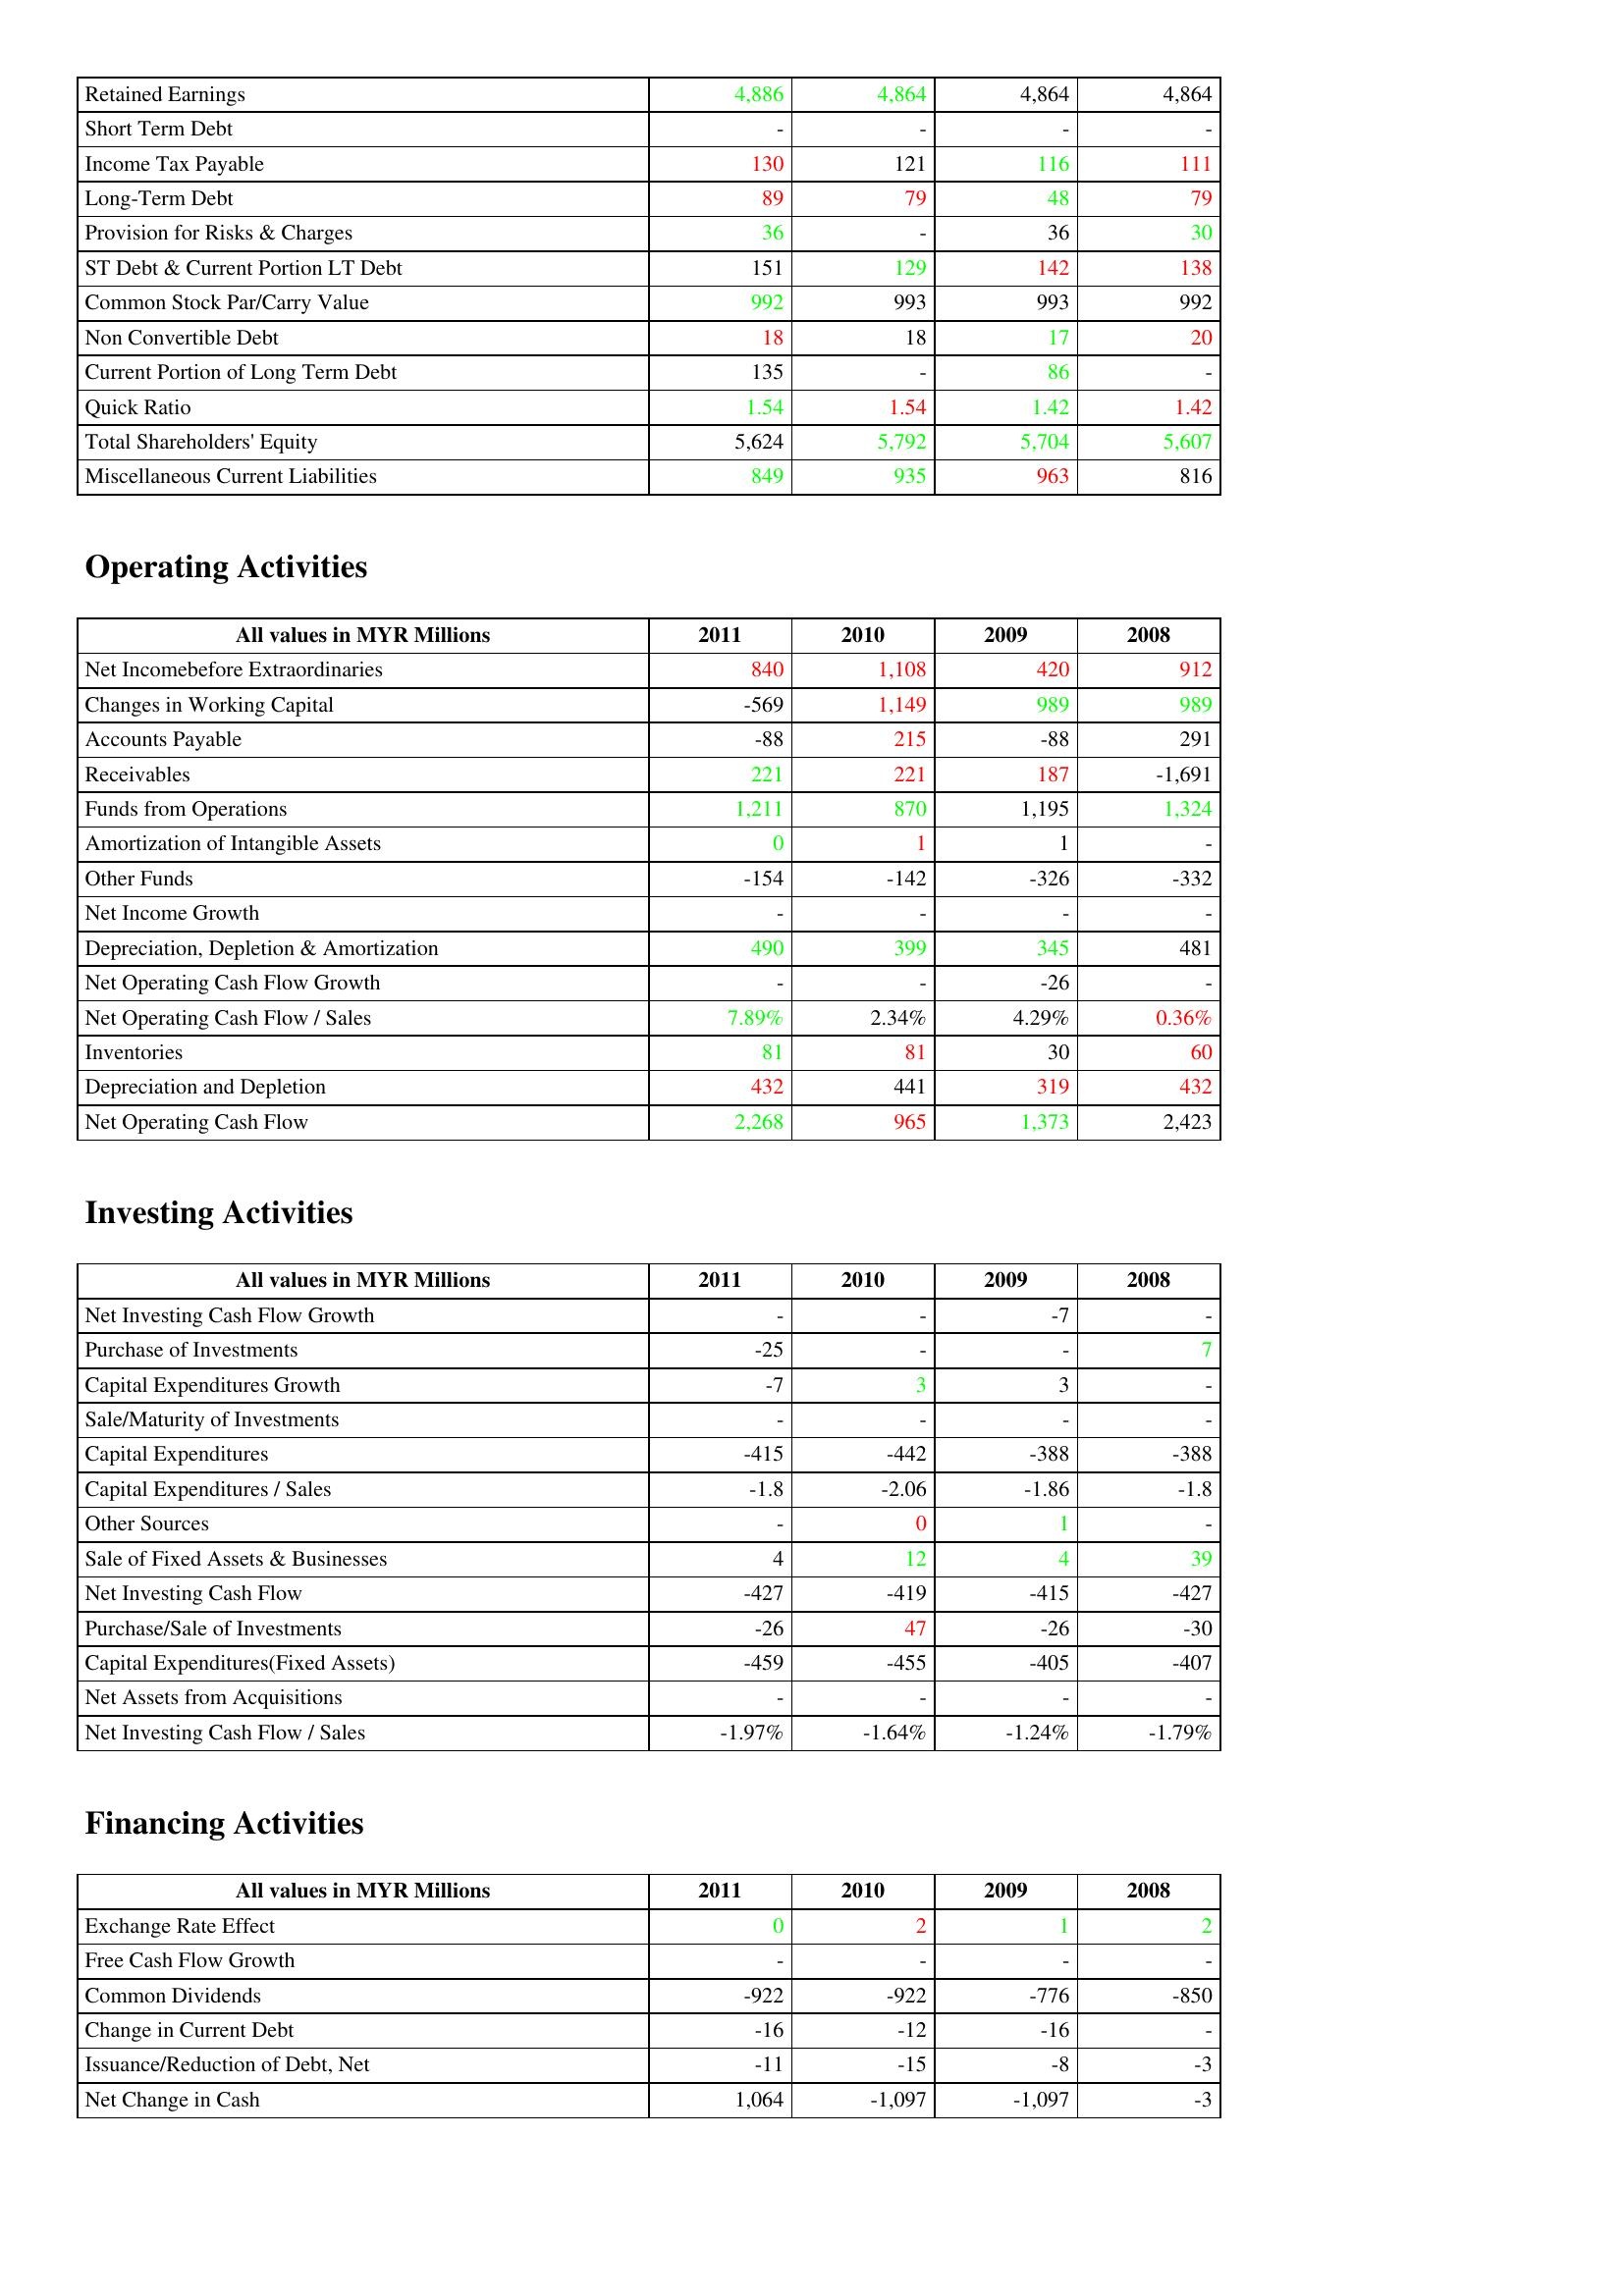
gt_parse: 2011: Liabilities & Shareholder's Equity: Retained Earnings: 4,886
Short Term Debt: -
Income Tax Payable: 130
Long-Term Debt: 89
Provision for Risks & Charges: 36
ST Debt & Current Portion LT Debt: 151
Common Stock Par/Carry Value: 992
Non Convertible Debt: 18
Current Portion of Long Term Debt: 135
Quick Ratio: 1.54
Total Shareholders' Equity: 5,624
Miscellaneous Current Liabilities: 849
Operating Activities: Net Incomebefore Extraordinaries: 840
Changes in Working Capital: -569
Accounts Payable: -88
Receivables: 221
Funds from Operations: 1,211
Amortization of Intangible Assets: 0
Other Funds: -154
Net Income Growth: -
Depreciation, Depletion & Amortization: 490
Net Operating Cash Flow Growth: -
Net Operating Cash Flow / Sales: 7.89%
Inventories: 81
Depreciation and Depletion: 432
Net Operating Cash Flow: 2,268
Investing Activities: Net Investing Cash Flow Growth: -
Purchase of Investments: -25
Capital Expenditures Growth: -7
Sale/Maturity of Investments: -
Capital Expenditures: -415
Capital Expenditures / Sales: -1.8
Other Sources: -
Sale of Fixed Assets & Businesses: 4
Net Investing Cash Flow: -427
Purchase/Sale of Investments: -26
Capital Expenditures(Fixed Assets): -459
Net Assets from Acquisitions: -
Net Investing Cash Flow / Sales: -1.97%
Financing Activities: Exchange Rate Effect: 0
Free Cash Flow Growth: -
Common Dividends: -922
Change in Current Debt: -16
Issuance/Reduction of Debt, Net: -11
Net Change in Cash: 1,064
2010: Liabilities & Shareholder's Equity: Retained Earnings: 4,864
Short Term Debt: -
Income Tax Payable: 121
Long-Term Debt: 79
Provision for Risks & Charges: -
ST Debt & Current Portion LT Debt: 129
Common Stock Par/Carry Value: 993
Non Convertible Debt: 18
Current Portion of Long Term Debt: -
Quick Ratio: 1.54
Total Shareholders' Equity: 5,792
Miscellaneous Current Liabilities: 935
Operating Activities: Net Incomebefore Extraordinaries: 1,108
Changes in Working Capital: 1,149
Accounts Payable: 215
Receivables: 221
Funds from Operations: 870
Amortization of Intangible Assets: 1
Other Funds: -142
Net Income Growth: -
Depreciation, Depletion & Amortization: 399
Net Operating Cash Flow Growth: -
Net Operating Cash Flow / Sales: 2.34%
Inventories: 81
Depreciation and Depletion: 441
Net Operating Cash Flow: 965
Investing Activities: Net Investing Cash Flow Growth: -
Purchase of Investments: -
Capital Expenditures Growth: 3
Sale/Maturity of Investments: -
Capital Expenditures: -442
Capital Expenditures / Sales: -2.06
Other Sources: 0
Sale of Fixed Assets & Businesses: 12
Net Investing Cash Flow: -419
Purchase/Sale of Investments: 47
Capital Expenditures(Fixed Assets): -455
Net Assets from Acquisitions: -
Net Investing Cash Flow / Sales: -1.64%
Financing Activities: Exchange Rate Effect: 2
Free Cash Flow Growth: -
Common Dividends: -922
Change in Current Debt: -12
Issuance/Reduction of Debt, Net: -15
Net Change in Cash: -1,097
2009: Liabilities & Shareholder's Equity: Retained Earnings: 4,864
Short Term Debt: -
Income Tax Payable: 116
Long-Term Debt: 48
Provision for Risks & Charges: 36
ST Debt & Current Portion LT Debt: 142
Common Stock Par/Carry Value: 993
Non Convertible Debt: 17
Current Portion of Long Term Debt: 86
Quick Ratio: 1.42
Total Shareholders' Equity: 5,704
Miscellaneous Current Liabilities: 963
Operating Activities: Net Incomebefore Extraordinaries: 420
Changes in Working Capital: 989
Accounts Payable: -88
Receivables: 187
Funds from Operations: 1,195
Amortization of Intangible Assets: 1
Other Funds: -326
Net Income Growth: -
Depreciation, Depletion & Amortization: 345
Net Operating Cash Flow Growth: -26
Net Operating Cash Flow / Sales: 4.29%
Inventories: 30
Depreciation and Depletion: 319
Net Operating Cash Flow: 1,373
Investing Activities: Net Investing Cash Flow Growth: -7
Purchase of Investments: -
Capital Expenditures Growth: 3
Sale/Maturity of Investments: -
Capital Expenditures: -388
Capital Expenditures / Sales: -1.86
Other Sources: 1
Sale of Fixed Assets & Businesses: 4
Net Investing Cash Flow: -415
Purchase/Sale of Investments: -26
Capital Expenditures(Fixed Assets): -405
Net Assets from Acquisitions: -
Net Investing Cash Flow / Sales: -1.24%
Financing Activities: Exchange Rate Effect: 1
Free Cash Flow Growth: -
Common Dividends: -776
Change in Current Debt: -16
Issuance/Reduction of Debt, Net: -8
Net Change in Cash: -1,097
2008: Liabilities & Shareholder's Equity: Retained Earnings: 4,864
Short Term Debt: -
Income Tax Payable: 111
Long-Term Debt: 79
Provision for Risks & Charges: 30
ST Debt & Current Portion LT Debt: 138
Common Stock Par/Carry Value: 992
Non Convertible Debt: 20
Current Portion of Long Term Debt: -
Quick Ratio: 1.42
Total Shareholders' Equity: 5,607
Miscellaneous Current Liabilities: 816
Operating Activities: Net Incomebefore Extraordinaries: 912
Changes in Working Capital: 989
Accounts Payable: 291
Receivables: -1,691
Funds from Operations: 1,324
Amortization of Intangible Assets: -
Other Funds: -332
Net Income Growth: -
Depreciation, Depletion & Amortization: 481
Net Operating Cash Flow Growth: -
Net Operating Cash Flow / Sales: 0.36%
Inventories: 60
Depreciation and Depletion: 432
Net Operating Cash Flow: 2,423
Investing Activities: Net Investing Cash Flow Growth: -
Purchase of Investments: 7
Capital Expenditures Growth: -
Sale/Maturity of Investments: -
Capital Expenditures: -388
Capital Expenditures / Sales: -1.8
Other Sources: -
Sale of Fixed Assets & Businesses: 39
Net Investing Cash Flow: -427
Purchase/Sale of Investments: -30
Capital Expenditures(Fixed Assets): -407
Net Assets from Acquisitions: -
Net Investing Cash Flow / Sales: -1.79%
Financing Activities: Exchange Rate Effect: 2
Free Cash Flow Growth: -
Common Dividends: -850
Change in Current Debt: -
Issuance/Reduction of Debt, Net: -3
Net Change in Cash: -3